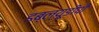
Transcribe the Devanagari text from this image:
डब्ल्यूडीपी